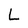
Character: L